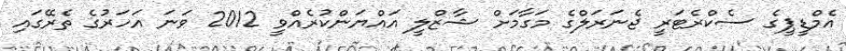
އެމްޑީޕީގެ ސެކްރެޓަރީ ޖެނަރަލްގެ މަގާމަށް ޝާޒްލީ އައްޔަންކުރެއްވީ 2012 ވަނަ އަހަރުގެ ތެރޭގައި